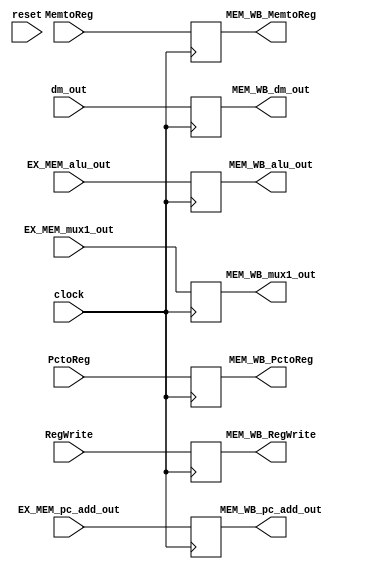
module MEM_WB (
    clock, 
    reset,

    RegWrite, 
    MemtoReg,
    PctoReg,

    EX_MEM_pc_add_out,
    dm_out, 
    EX_MEM_alu_out, 
    EX_MEM_mux1_out, 

    MEM_WB_RegWrite,
    MEM_WB_MemtoReg,
    MEM_WB_PctoReg,
    MEM_WB_pc_add_out,
    MEM_WB_dm_out,
    MEM_WB_alu_out,
    MEM_WB_mux1_out

    );
    
    input               clock;
    input               reset;

    // Controller's signal
    input               RegWrite;
    input               MemtoReg;
    input               PctoReg;

    input      [31: 0]  EX_MEM_pc_add_out;
    input      [31: 0]  dm_out;
    input      [31: 0]  EX_MEM_alu_out;
    input      [ 4: 0]  EX_MEM_mux1_out;

    output reg          MEM_WB_RegWrite;
    output reg          MEM_WB_MemtoReg;
    output reg          MEM_WB_PctoReg;
    output reg [31: 0]  MEM_WB_pc_add_out;
    output reg [31: 0]  MEM_WB_dm_out;
    output reg [31: 0]  MEM_WB_alu_out;
    output reg [ 4: 0]  MEM_WB_mux1_out;


    always @(posedge clock) 
    begin
        MEM_WB_RegWrite      <=  RegWrite;
        MEM_WB_MemtoReg      <=  MemtoReg;
        MEM_WB_PctoReg       <=  PctoReg;
        MEM_WB_pc_add_out    <=  EX_MEM_pc_add_out;
        MEM_WB_dm_out        <=  dm_out;
        MEM_WB_alu_out       <=  EX_MEM_alu_out;
        MEM_WB_mux1_out      <=  EX_MEM_mux1_out;
    end
    

endmodule //MEM_WB